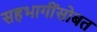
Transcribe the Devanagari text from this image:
सहभागींसोबत